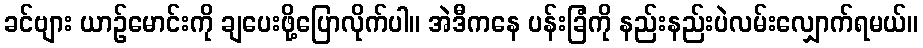
ခင်ဗျား ယာဉ်မောင်းကို ချပေးဖို့ပြောလိုက်ပါ။ အဲဒီကနေ ပန်းခြံကို နည်းနည်းပဲလမ်းလျှောက်ရမယ်။